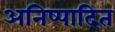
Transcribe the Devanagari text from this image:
अनिष्पादित